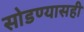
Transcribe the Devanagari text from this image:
सोडण्यासही